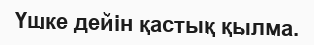
Үшке дейін қастық қылма.